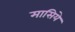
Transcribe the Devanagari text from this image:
मासिये